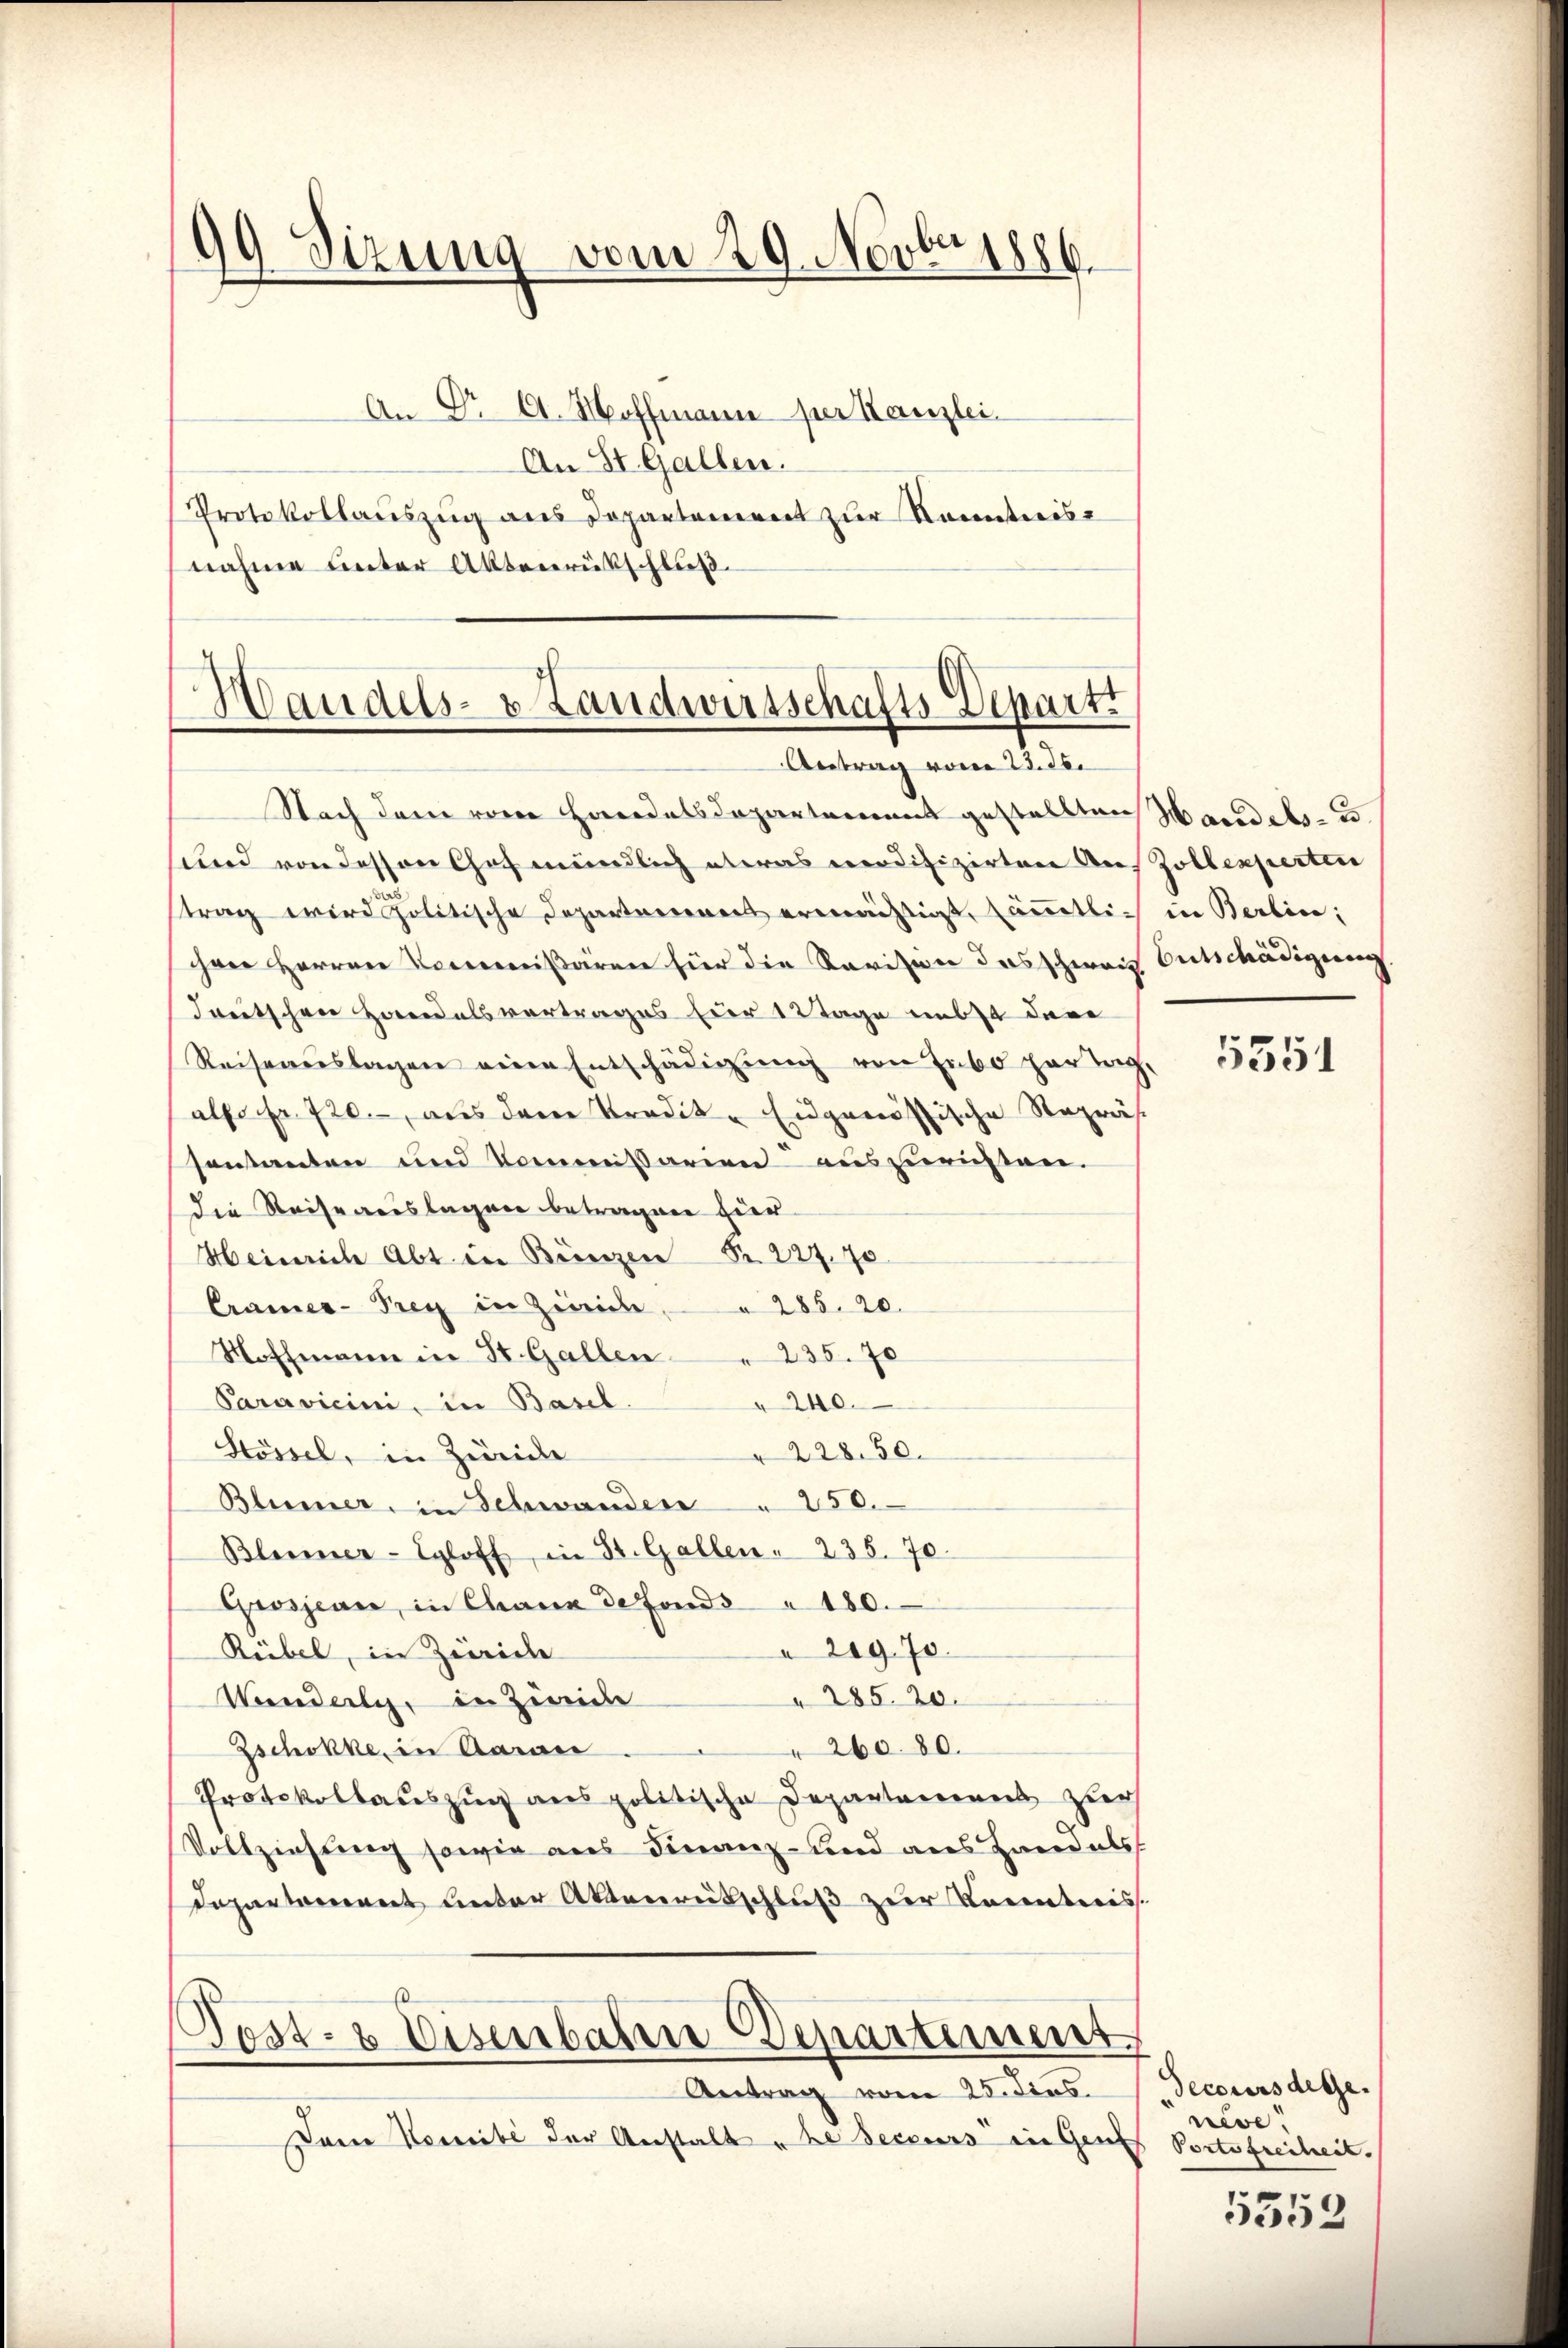
99 Sizung vom 29. Novbr. 1886.

An Dr A. Hoffmann per Kanzlei.
An St. Gallen.
Protokollaŭszŭg ans Departement zur Kenntnis-
nahme unter Aktenrückschluß

Mandels- & Landwirtschafts-Departi
Antrag vom 23. 26.

Nach dem von Handelsdepartenannt gestellten Handels- u.
und von dessen Chef mündlich etwas modifizirten Aus Zollexperten
strag wird politische Departaneres ermächtigt, sämmtlich in Berlin,
ihrer Herren Vermißaren hier die Parison des schweiz Entschädigung
deutschen Handelsvertrages Eier 12 Tage nebst der
Reiseauslagen eine Entschädigung von Hubo partag,
also fr. 720., aus dem Tradik- Eidgenössische Reprässonstanten und Kommissarien auszurichten.
die Reiseauslagen betragen hier
Heinrich Abt in Bünzen Nr. 227. 70
Cramer-Prey in Zürice " 285. 20.
Hoffmann in St. Gallen " 235. 70
240.
Paravicini, in Basel.
" 228. 50.
Stössel, in Zwiede
Blümer, in Schwanden " 250.
Blumer-Egloff in St. Gallen . 235. 70.
Grosjean, in Chaux de fonds " 180.
 209. 70.
Rübel, in Zürich
" 285. 20.
Wanderli, in Zweide
 260. 80.
Zschokke, in Aarei
Protokollauszug aus politische Departanenes zur
Vollziehung sowie aus Finanz- und aus Handels
Dapartement unter Aktenrutschluß zur Kenntnis.

s
Post- & Eisenbahn Departement
Antrag vom 25. dies

Dam Komité der Anstalt u de secours in Genf

5351

Decours dege.
neve
V Portofreiheit.

1352